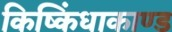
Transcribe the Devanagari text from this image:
किष्किंधाकाण्ड